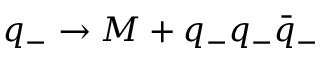
q _ { - } \rightarrow M + q _ { - } q _ { - } \bar { q } _ { - }